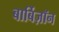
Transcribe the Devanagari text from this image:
बार्बिज़ॉन